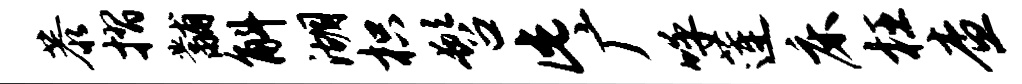
恭摺黼斛湖枳髫此广呼莲床枉查